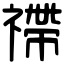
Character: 𥛣